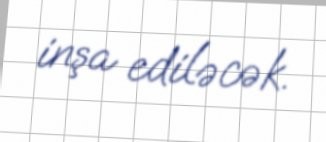
inşa ediləcək.